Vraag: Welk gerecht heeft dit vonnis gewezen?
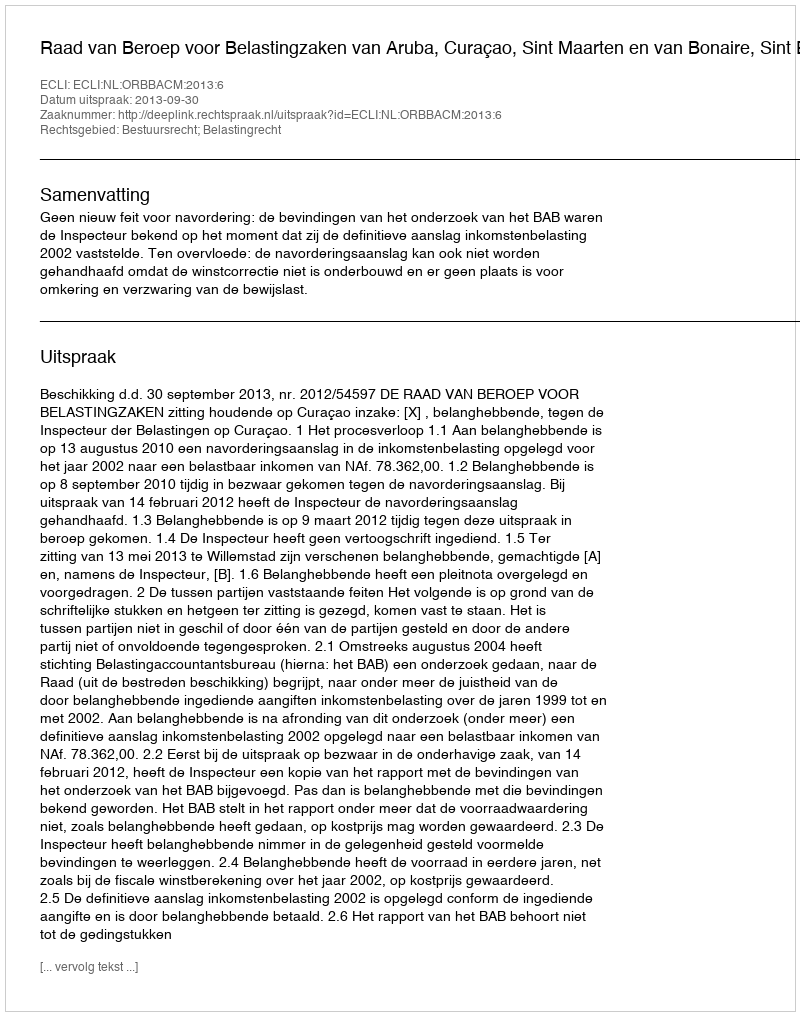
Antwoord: Raad van Beroep voor Belastingzaken van Aruba, Curaçao, Sint Maarten en van Bonaire, Sint Eustatius en Saba